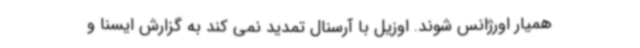
همیار اورژانس شوند. اوزیل با آرسنال تمدید نمی کند به گزارش ایسنا و